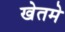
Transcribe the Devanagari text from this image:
खेतमे